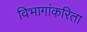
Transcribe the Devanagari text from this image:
विभागांकरिता